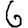
Digit: 6